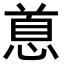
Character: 𪬐